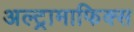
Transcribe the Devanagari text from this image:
अल्ट्रामाफिक्स